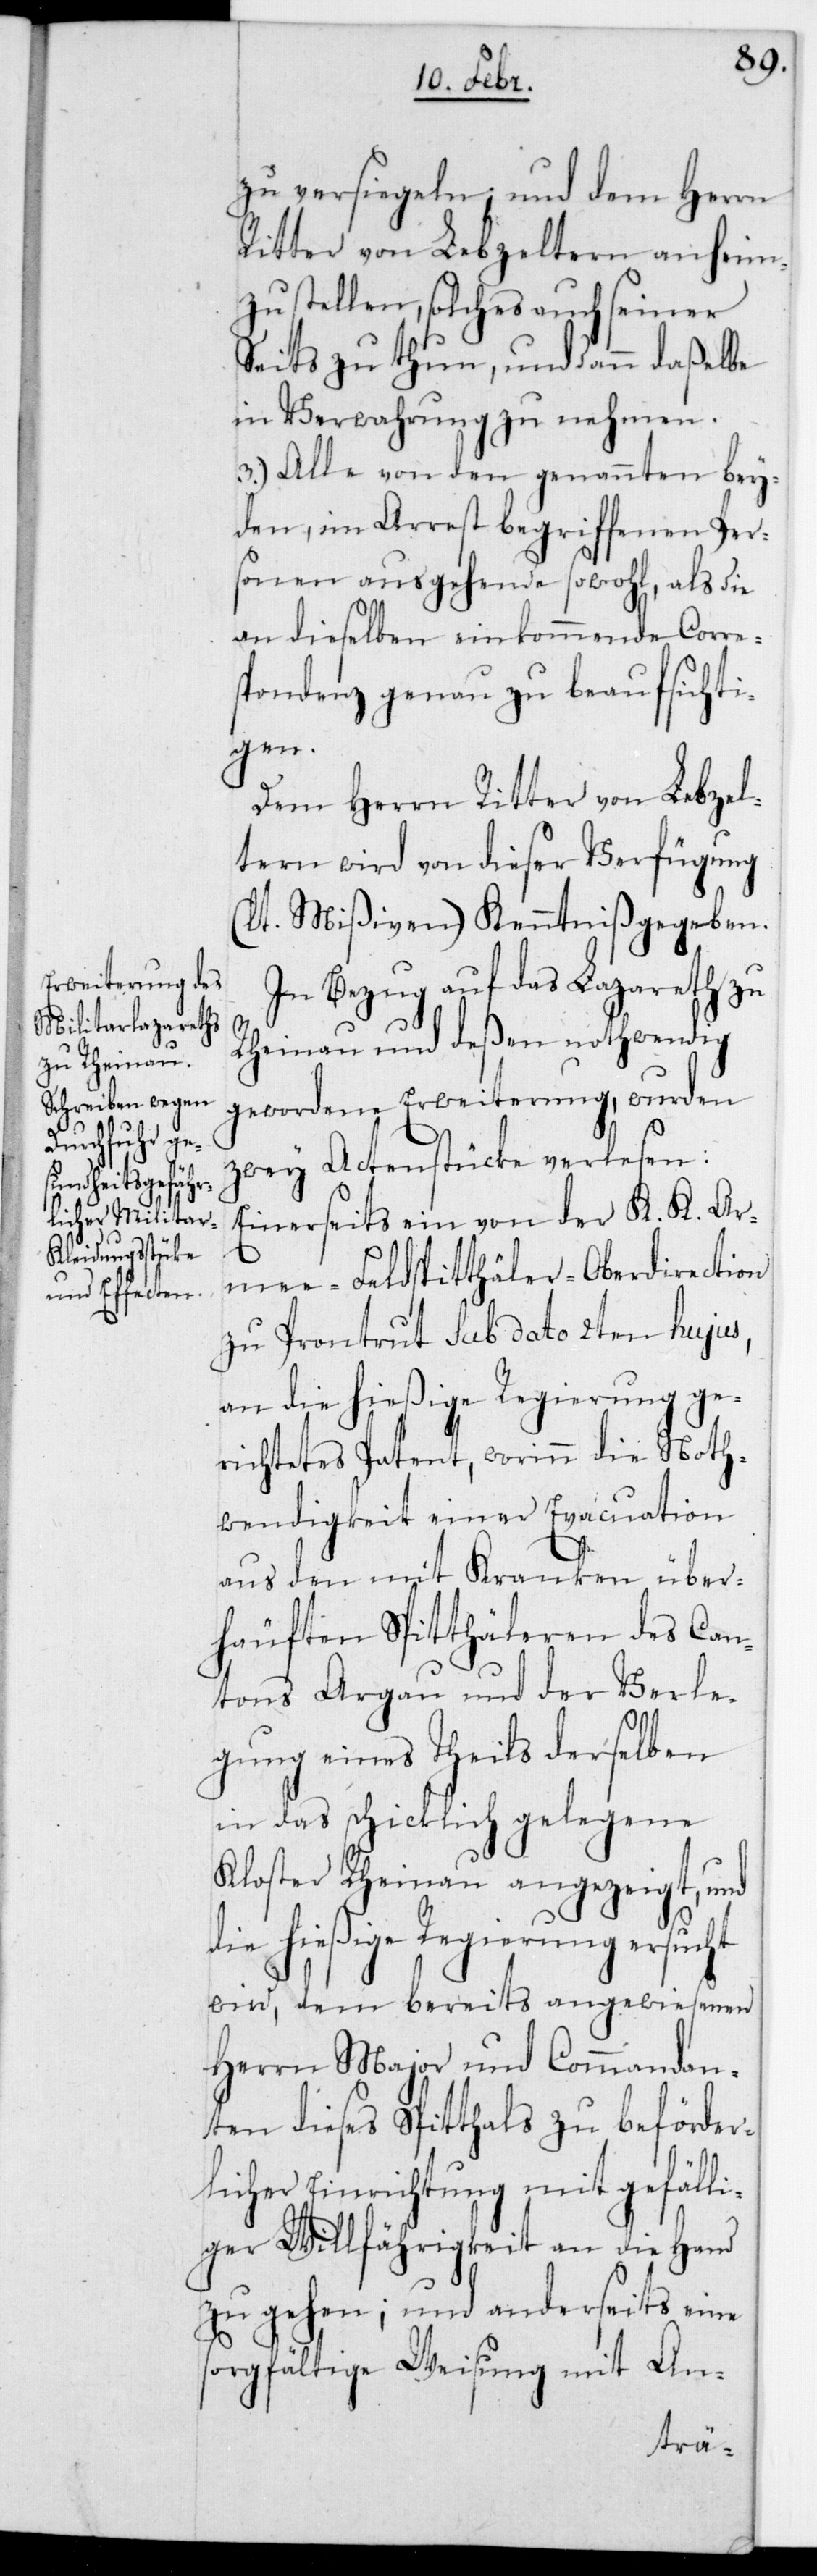
zu versiegeln und dem Herrn
Ritter von Lebzeltern anheim¬
zustellen, solches auch seiner¬
seits zu thun, und dann daßelbe
in Verwahrung zu nehmen.
3.) Alle von den genannten bey¬
den im Arrest begriffenen Per¬
sonen ausgehende sowohl, als die
an dieselben einkommende Corre¬
spondenz genau zu beaufsichti¬
gen.
Dem Herrn Ritter von Lebzel¬
tern wird von dieser Verfügung
(lt. Mißiven) Kenntniß gegeben.
In Bezug auf das Lazareth zu
Rheinau und deßen nothwendig
gewordene Erweiterung, wurden
zwey Actenstücke verlesen:
Einerseits ein von der K. K. Ar¬
mee-Feldspitthäler-Oberdirection
zu Porrentruy sub dato 2ten hujus,
an die hießige Regierung ge¬
richtetes Patent, worinn die Noth¬
wendigkeit einer Evacuation
aus den mit Kranken über¬
häuften Spitthäleren des Can¬
tons Argau und der Verle¬
gung eines Theils derselben
in das schicklich gelegene
Kloster Rheinau angezeigt, und
die hießige Regierung ersucht
wird, dem bereits angewiesenen
Herrn Major und Commandan¬
ten dieses Spitthals zu beförder¬
licher Einrichtung mit gefäll¬
iger Willfährigkeit an die Hand
zu gehen; und anderseits eine
sorgfältige Weisung mit An-